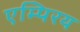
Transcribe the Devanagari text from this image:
एम्पिरय